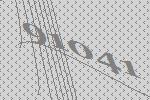
91041